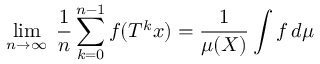
\operatorname* { l i m } _ { n \rightarrow \infty } \; { \frac { 1 } { n } } \sum _ { k = 0 } ^ { n - 1 } f ( T ^ { k } x ) = { \frac { 1 } { \mu ( X ) } } \int f \, d \mu